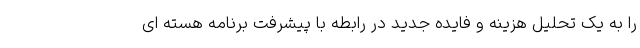
را به یک تحلیل هزینه و فایده جدید در رابطه با پیشرفت برنامه هسته ای